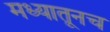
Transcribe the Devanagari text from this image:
मध्यातूनच